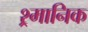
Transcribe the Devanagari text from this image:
श्र्मानिक